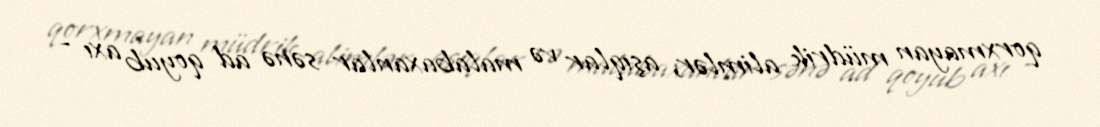
qorxmayan müdrik alimlər, aşıqlar və malabaxanlar sənə ad qoyub axı -